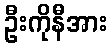
ဦးကိုနီအား